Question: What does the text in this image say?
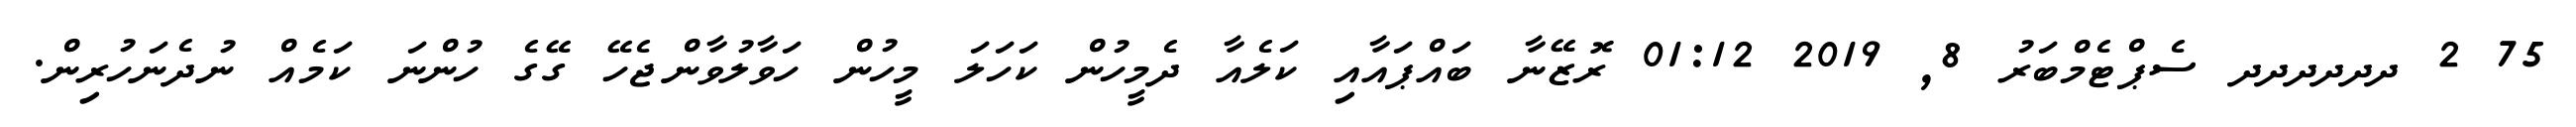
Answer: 75 2 ދދދދދދ ސެޕްޓެމްބަރު 8, 2019 01:12 ރޮޒޭނާ ބައްޕައާއި ކަލެއާ ދެމީހުން ކަހަލަ މީހުން ހަވާލުވާންޖެހޭ ގޭގެ ހުންނަ ކަމެއް ނުދެނަހުރިން.